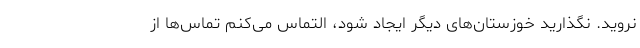
نروید. نگذارید خوزستان‌های دیگر ایجاد شود، التماس می‌کنم تماس‌ها از